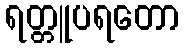
ရတ္တူပရတော